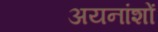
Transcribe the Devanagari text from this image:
अयनांशों